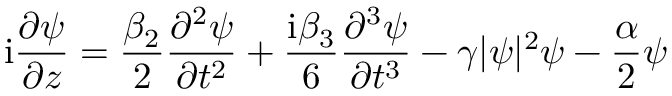
\mathrm { i } \frac { \partial \psi } { \partial z } = \frac { \beta _ { 2 } } { 2 } \frac { \partial ^ { 2 } \psi } { \partial t ^ { 2 } } + \frac { \mathrm { i } \beta _ { 3 } } { 6 } \frac { \partial ^ { 3 } \psi } { \partial t ^ { 3 } } - \gamma | \psi | ^ { 2 } \psi - \frac { \alpha } { 2 } \psi